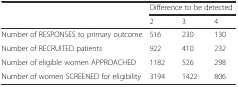
|  | <COLSPAN=3> Difference to be detected |
 |  | 2 | 3 | 4 |
 | --- | --- | --- | --- |
 | Number of RESPONSES to primary outcome | 516 | 230 | 130 |
 | Number of RECRUITED patients | 922 | 410 | 232 |
 | Number of eligible women APPROACHED | 1182 | 526 | 298 |
 | Number of women SCREENED for eligibility | 3194 | 1422 | 806 |